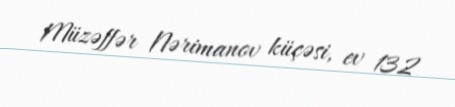
Müzəffər Nərimanov küçəsi, ev 132